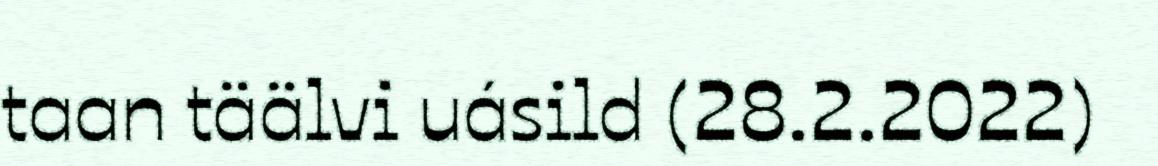
taan täälvi uásild (28.2.2022)